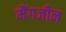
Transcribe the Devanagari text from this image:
मैंगजीन